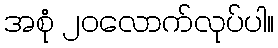
အစုံ ၂၀လောက်လုပ်ပါ။